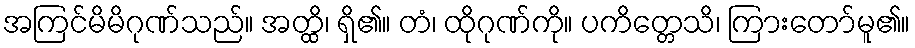
အကြင်မိမိဂုဏ်သည်။ အတ္ထိ၊ ရှိ၏။ တံ၊ ထိုဂုဏ်ကို။ ပကိတ္တေသိ၊ ကြားတော်မူ၏။